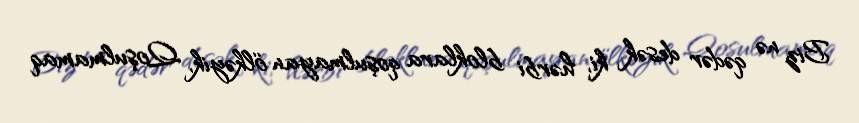
Biz nə qədər desək ki, hərbi bloklara qoşulmayan ölkəyik, Qoşulmamaq